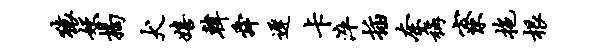
猿妖揭犬嬉韩舜迟卡淬插奈称寮拖根